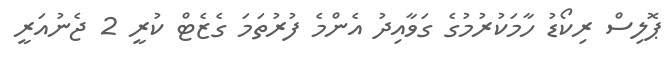
ޕޮލިސް ރިކޯޑު ހާމަކުރުމުގެ ގަވާއިދު އެންމެ ފުރުތަމަ ގެޒެޓް ކުރީ 2 ޖެނުއަރީ